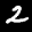
Label: 2